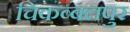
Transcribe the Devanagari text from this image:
चिकब्बलपुर